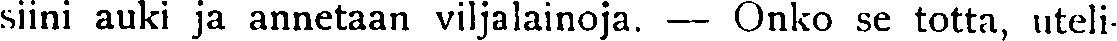
siini auki ja annetaan viljalainoja. — Onko se totta, uteli-